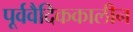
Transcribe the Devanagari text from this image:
पूर्ववैदिककालीन